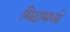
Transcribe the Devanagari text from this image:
मिठामध्ये